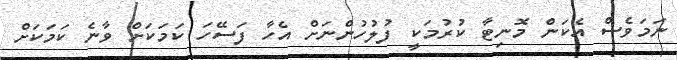
ނަމަވެސް އެކަން މޮނިޓާ ކުރުމަކީ ފުލުހުންނަށް އެހާ ފަސޭހަ ކަމަކަށް ވާނެ ކަމަކަށް